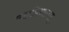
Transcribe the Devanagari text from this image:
महाविद्यालय्